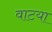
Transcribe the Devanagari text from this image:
वाटया